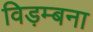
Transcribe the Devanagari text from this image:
विड़म्बना